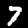
Label: 7